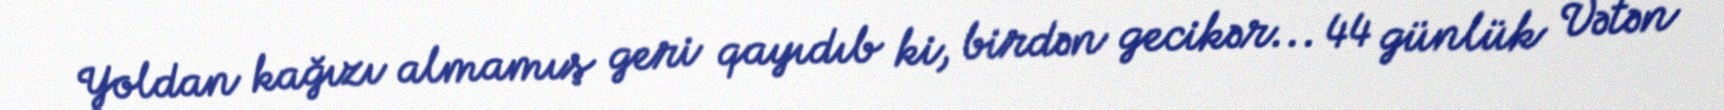
Yoldan kağızı almamış geri qayıdıb ki, birdən gecikər... 44 günlük Vətən